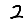
Digit: 2